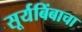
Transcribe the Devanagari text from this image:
सूर्यबिंबाचा